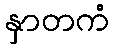
နှာတကံ